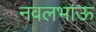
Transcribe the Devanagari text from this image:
नवलभाऊ